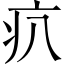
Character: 𤴭